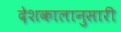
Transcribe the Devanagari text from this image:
देशकालानुसारी